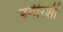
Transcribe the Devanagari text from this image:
हमीरशी